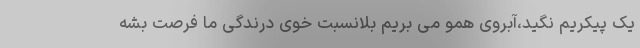
یک پیکریم نگید،آبرویِ همو می بریم بلانسبتِ خوی درندگی ما فرصت بشه